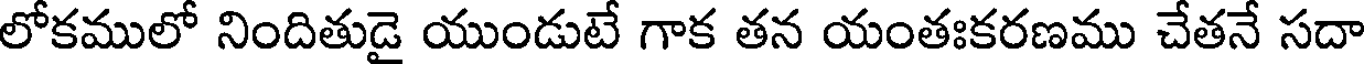
లోకములో నిందితుడై యుండుటే గాక తన యంతఃకరణము చేతనే సదా